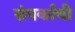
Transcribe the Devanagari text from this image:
संपर्काची